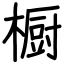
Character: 橱